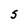
Character: S